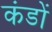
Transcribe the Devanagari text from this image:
कंडों